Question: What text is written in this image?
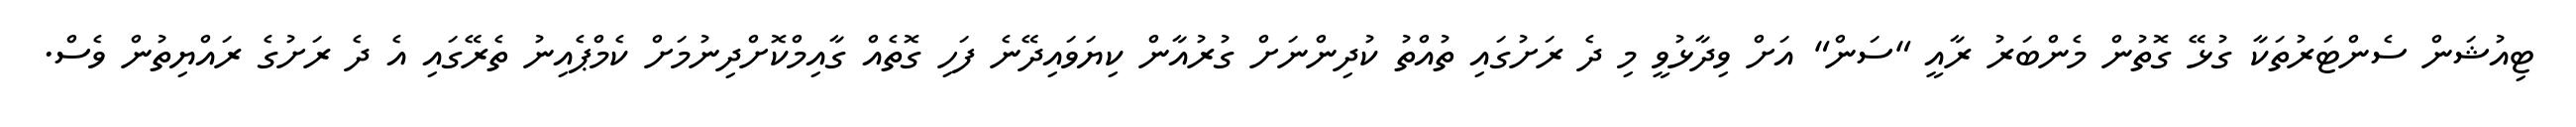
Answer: ޓިއުޝަން ސެންޓަރުތަކާ ގުޅޭ ގޮތުން މެންބަރު ރާއީ "ސަން" އަށް ވިދާޅުވީ މި ދެ ރަށުގައި ތުއްތު ކުދިންނަށް ގުރުއާން ކިޔަވައިދޭނެ ފަހި ގޮތެއް ގާއިމްކޮށްދިނުމަށް ކެމްޕެއިނު ތެރޭގައި އެ ދެ ރަށުގެ ރައްޔިތުން ވެސް.